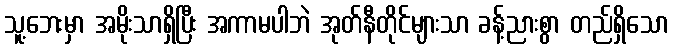
သူ့ဘေးမှာ အမိုးသာရှိပြီး အကာမပါဘဲ အုတ်နီတိုင်များသာ ခန့်ညားစွာ တည်ရှိသော